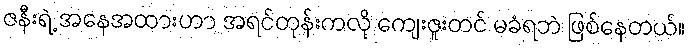
ဇနီးရဲ့ အနေအထားဟာ အရင်တုန်းကလို ကျေးဇူးတင် မခံရဘဲ ဖြစ်နေတယ်။